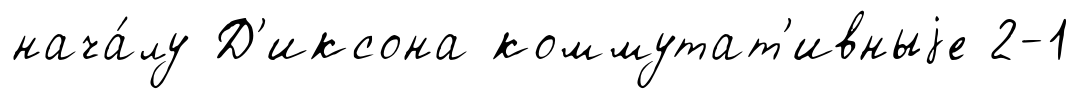
нача́лу Д'иксона коммутат'ивныjе 2-1